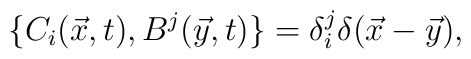
\{ C_i (\vec{x},t), B^j(\vec{y},t)\} =\delta^j_i \delta(\vec{x} -\vec{y}) ,